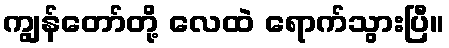
ကျွန်တော်တို့ လေထဲ ရောက်သွားပြီ။